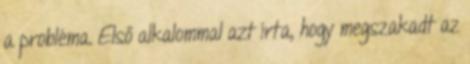
a probléma. Első alkalommal azt írta, hogy megszakadt az